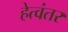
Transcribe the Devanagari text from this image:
हेत्वंतर